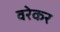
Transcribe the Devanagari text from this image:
वरेकर